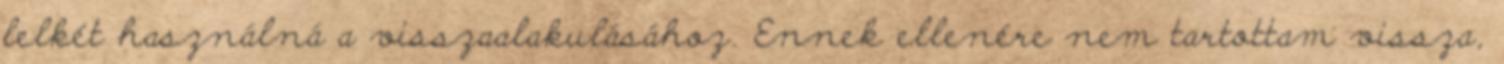
lelkét használná a visszaalakulásához. Ennek ellenére nem tartottam vissza,